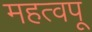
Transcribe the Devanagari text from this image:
महत्वपू